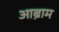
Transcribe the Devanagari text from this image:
आब्राम